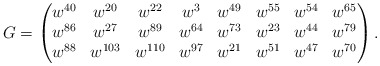
\begin{align*}G=\begin{pmatrix}w^{40} & w^{20} & w^{22} & w^3 & w^{49} & w^{55} & w^{54} & w^{65}\\w^{86} & w^{27} & w^{89} & w^{64} & w^{73} & w^{23} & w^{44} & w^{79}\\w^{88} & w^{103} & w^{110} & w^{97} & w^{21} & w^{51} & w^{47} & w^{70}\end{pmatrix}.\end{align*}